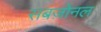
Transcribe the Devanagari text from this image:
सबज़ोनल